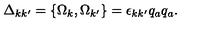
\Delta _ { k k ^ { \prime } } = \{ \Omega _ { k } , \Omega _ { k ^ { \prime } } \} = \epsilon _ { k k ^ { \prime } } q _ { a } q _ { a } .